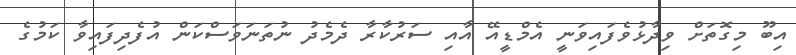
އިބޫ މިގޮތަށް ވިދާޅުވެފައިވަނީ އެމްޑީއޭ އާއި ސަރުކާރާ ދެމެދު ނުތަނަވަސްކަން އުފެދިފައިވާ ކަމުގެ